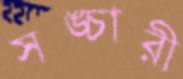
সঙ্চারী